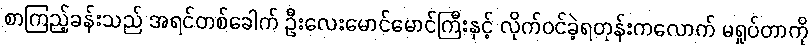
စာကြည့်ခန်းသည် အရင်တစ်ခေါက် ဦးလေးမောင်မောင်ကြီးနှင့် လိုက်ဝင်ခဲ့ရတုန်းကလောက် မရှုပ်တာကို